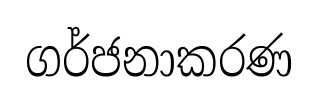
ගර්ජනාකරණ